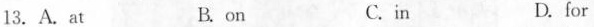
13.A.At B.on C.in D.for